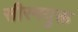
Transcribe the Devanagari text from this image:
सीरमयुक्त